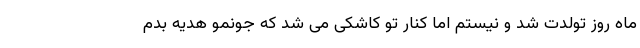
ماه روز تولدت شد و نیستم اما کنار تو کاشکی می شد که جونمو هدیه بدم